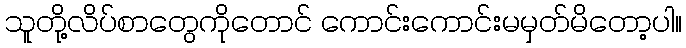
သူတို့လိပ်စာတွေကိုတောင် ကောင်းကောင်းမမှတ်မိတော့ပါ။